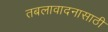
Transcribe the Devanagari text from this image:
तबलावादनासाठी